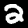
Digit: 2